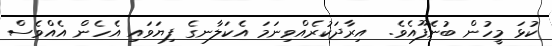
ކުޅަ މީހުން ބުނެފޫއެވެ.  އިރާދަކުރެއްވިނަމަ އެކަލާނގެ ފިޔަވައި އެހެން އެއްވެސް